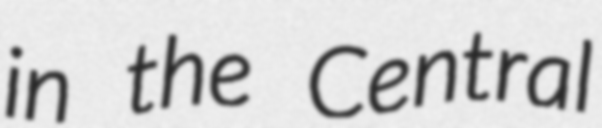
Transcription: in the Central